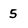
Character: 5